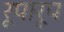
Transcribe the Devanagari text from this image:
रूपारूप